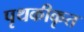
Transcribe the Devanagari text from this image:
पृथकीकृत